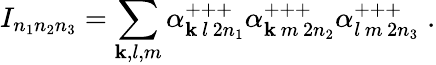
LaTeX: I_{n_{1}n_{2}n_{3}}=\sum_{\mathbf{k},l,m}\alpha_{\mathbf{k}\, l\, 2n_{1}}^{+++}\alpha_{\mathbf{k}\, m\, 2n_{2}}^{+++}\alpha_{l\, m\, 2n_{3}}^{+++}\; .